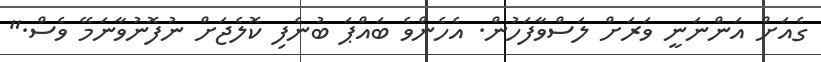
ގެއަށް އަންނަނީ ވަރަށް ލަސްވާފަހުން. އެހެންވެ ބައްޕަ ބުނެފި ކޮލެޖަށް ނުފޮނުވާނަމޭ ވެސް."